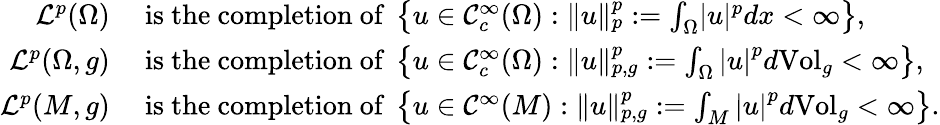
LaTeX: \begin{array}{rl}{\mathcal{L}^{p}(\Omega)\ }&{\mathrm{is\ the\ completion\ of}\ \left\{ u\in\mathcal C_{c}^{\infty}(\Omega):\Vert u\Vert_{p}^{p}:=\int_{\Omega}\lvert u\rvert^{p}dx<\infty\right\} ,}\\ {\mathcal{L}^{p}(\Omega,g)\ }&{\mathrm{is\ the\ completion\ of}\ \left\{ u\in\mathcal C_{c}^{\infty}(\Omega):\Vert u\Vert_{p,g}^{p}:=\int_{\Omega}\left\lvert u\right\rvert^{p}d\mathrm{Vol}_{g}<\infty\right\} ,}\\ {\mathcal{L}^{p}(M,g)\ }&{\mathrm{is\ the\ completion\ of}\ \left\{ u\in\mathcal C^{\infty}(M):\Vert u\Vert_{p,g}^{p}:=\int_{M}\left\lvert u\right\rvert^{p}d\mathrm{Vol}_{g}<\infty\right\} .}\end{array}